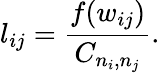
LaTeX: l_{ij}=\frac{f(w_{ij})}{C_{n_{i},n_{j}}}.